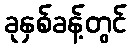
ခုနှစ်ခန့်တွင်